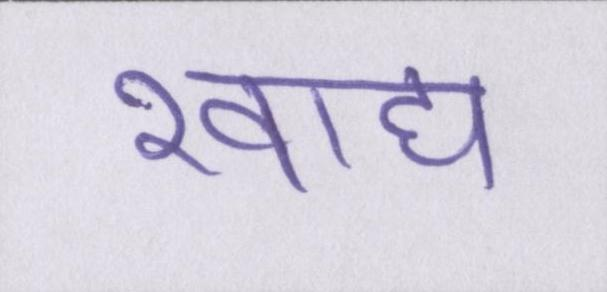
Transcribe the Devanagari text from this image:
खाद्य